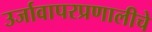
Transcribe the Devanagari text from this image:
उर्जावापरप्रणालीचे